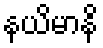
နယိမာနိ